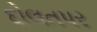
દોલતપર